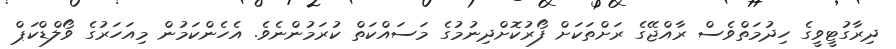
ދިރާގުޓީވީގެ ހިދުމަތްވެސް ރާއްޖޭގެ ރަށްތަކަށް ފޯރުކޮށްދިނުމުގެ މަސައްކަތް ކުރަމުންނެވެ. އެހެންކަމުން މިއަހަރުގެ ވޯލްޑްކަޕް